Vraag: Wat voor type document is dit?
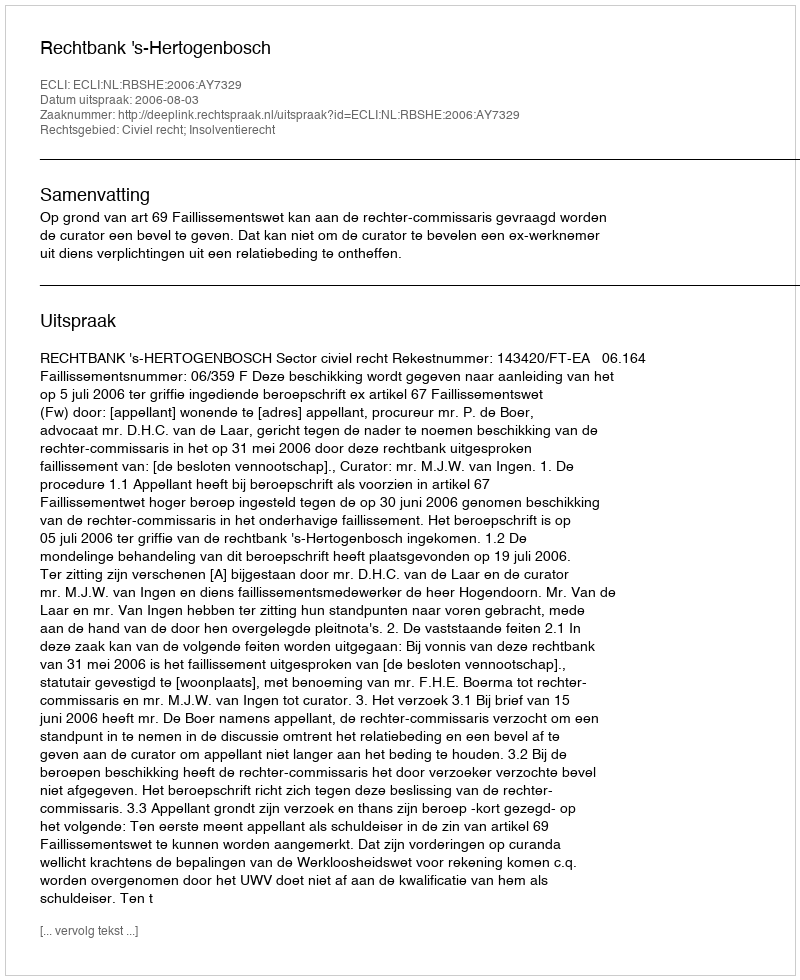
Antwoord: Uitspraak